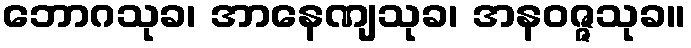
ဘောဂသုခ၊ အာနေဏျသုခ၊ အနဝဇ္ဇသုခ။